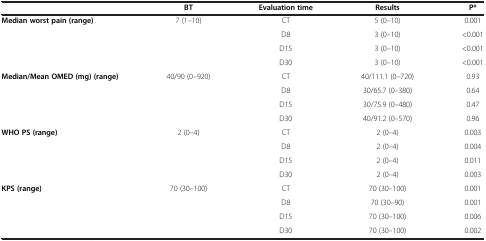
|  | BT | Evaluation time | Results | P* |
 | --- | --- | --- | --- | --- |
 | Median worst pain (range) | 7 (1–10) | CT | 5 (0–10) | 0.001 |
 |  |  | D8 | 3 (0–10) | <0.001 |
 |  |  | D15 | 3 (0–10) | <0.001 |
 |  |  | D30 | 3 (0–10) | <0.001 |
 | Median/Mean OMED (mg) (range) | 40/90 (0–920) | CT | 40/111.1 (0–720) | 0.93 |
 |  |  | D8 | 30/65.7 (0–380) | 0.64 |
 |  |  | D15 | 30/75.9 (0–480) | 0.47 |
 |  |  | D30 | 40/91.2 (0–570) | 0.96 |
 | WHO PS (range) | 2 (0–4) | CT | 2 (0–4) | 0.003 |
 |  |  | D8 | 2 (0–4) | 0.004 |
 |  |  | D15 | 2 (0–4) | 0.011 |
 |  |  | D30 | 2 (0–4) | 0.003 |
 | KPS (range) | 70 (30–100) | CT | 70 (30–100) | 0.001 |
 |  |  | D8 | 70 (30–90) | 0.001 |
 |  |  | D15 | 70 (30–100) | 0.006 |
 |  |  | D30 | 70 (30–100) | 0.002 |